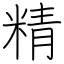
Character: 精